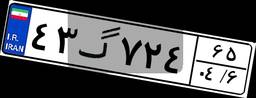
۴۳گ۷۲۴۶۵